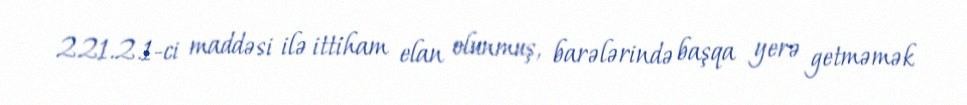
221.2.1-ci maddəsi ilə ittiham elan olunmuş, barələrində başqa yerə getməmək